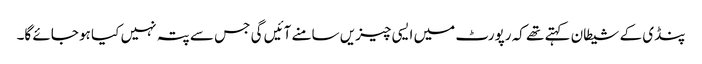
پنڈی کے شیطان کہتے تھے کہ رپورٹ میں ایسی چیزیں سامنے آئیں گی جس سے پتہ نہیں کیا ہو جائے گا۔